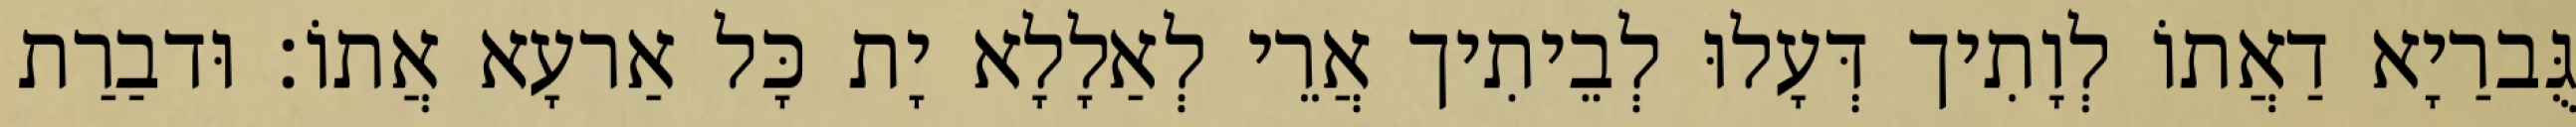
גֻּברַיָא דַאֲתוֹ לְוָתִיך דְּעָלוּ לְבֵיתִיך אֲרֵי לְאַלָלָא יָת כָּל אַרעָא אֲתוֹ׃ וּדבַרַת